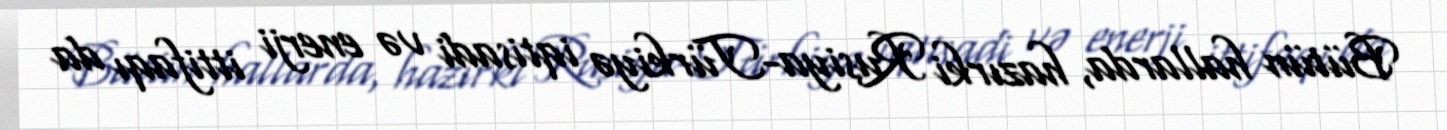
Bütün hallarda, hazırki Rusiya-Türkiyə iqtisadi və enerji ittifaqı da